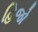
હિજો